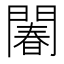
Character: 䦮